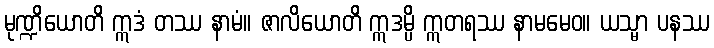
မုဏ္ဍိယောတိ ဣဒံ တဿ နာမံ။ ဇာလိယောတိ ဣဒမ္ပိ ဣတရဿ နာမမေဝ။ ယသ္မာ ပနဿ